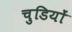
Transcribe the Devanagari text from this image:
चुडियों